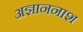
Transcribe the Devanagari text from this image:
अज्ञाननाश